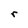
Character: r